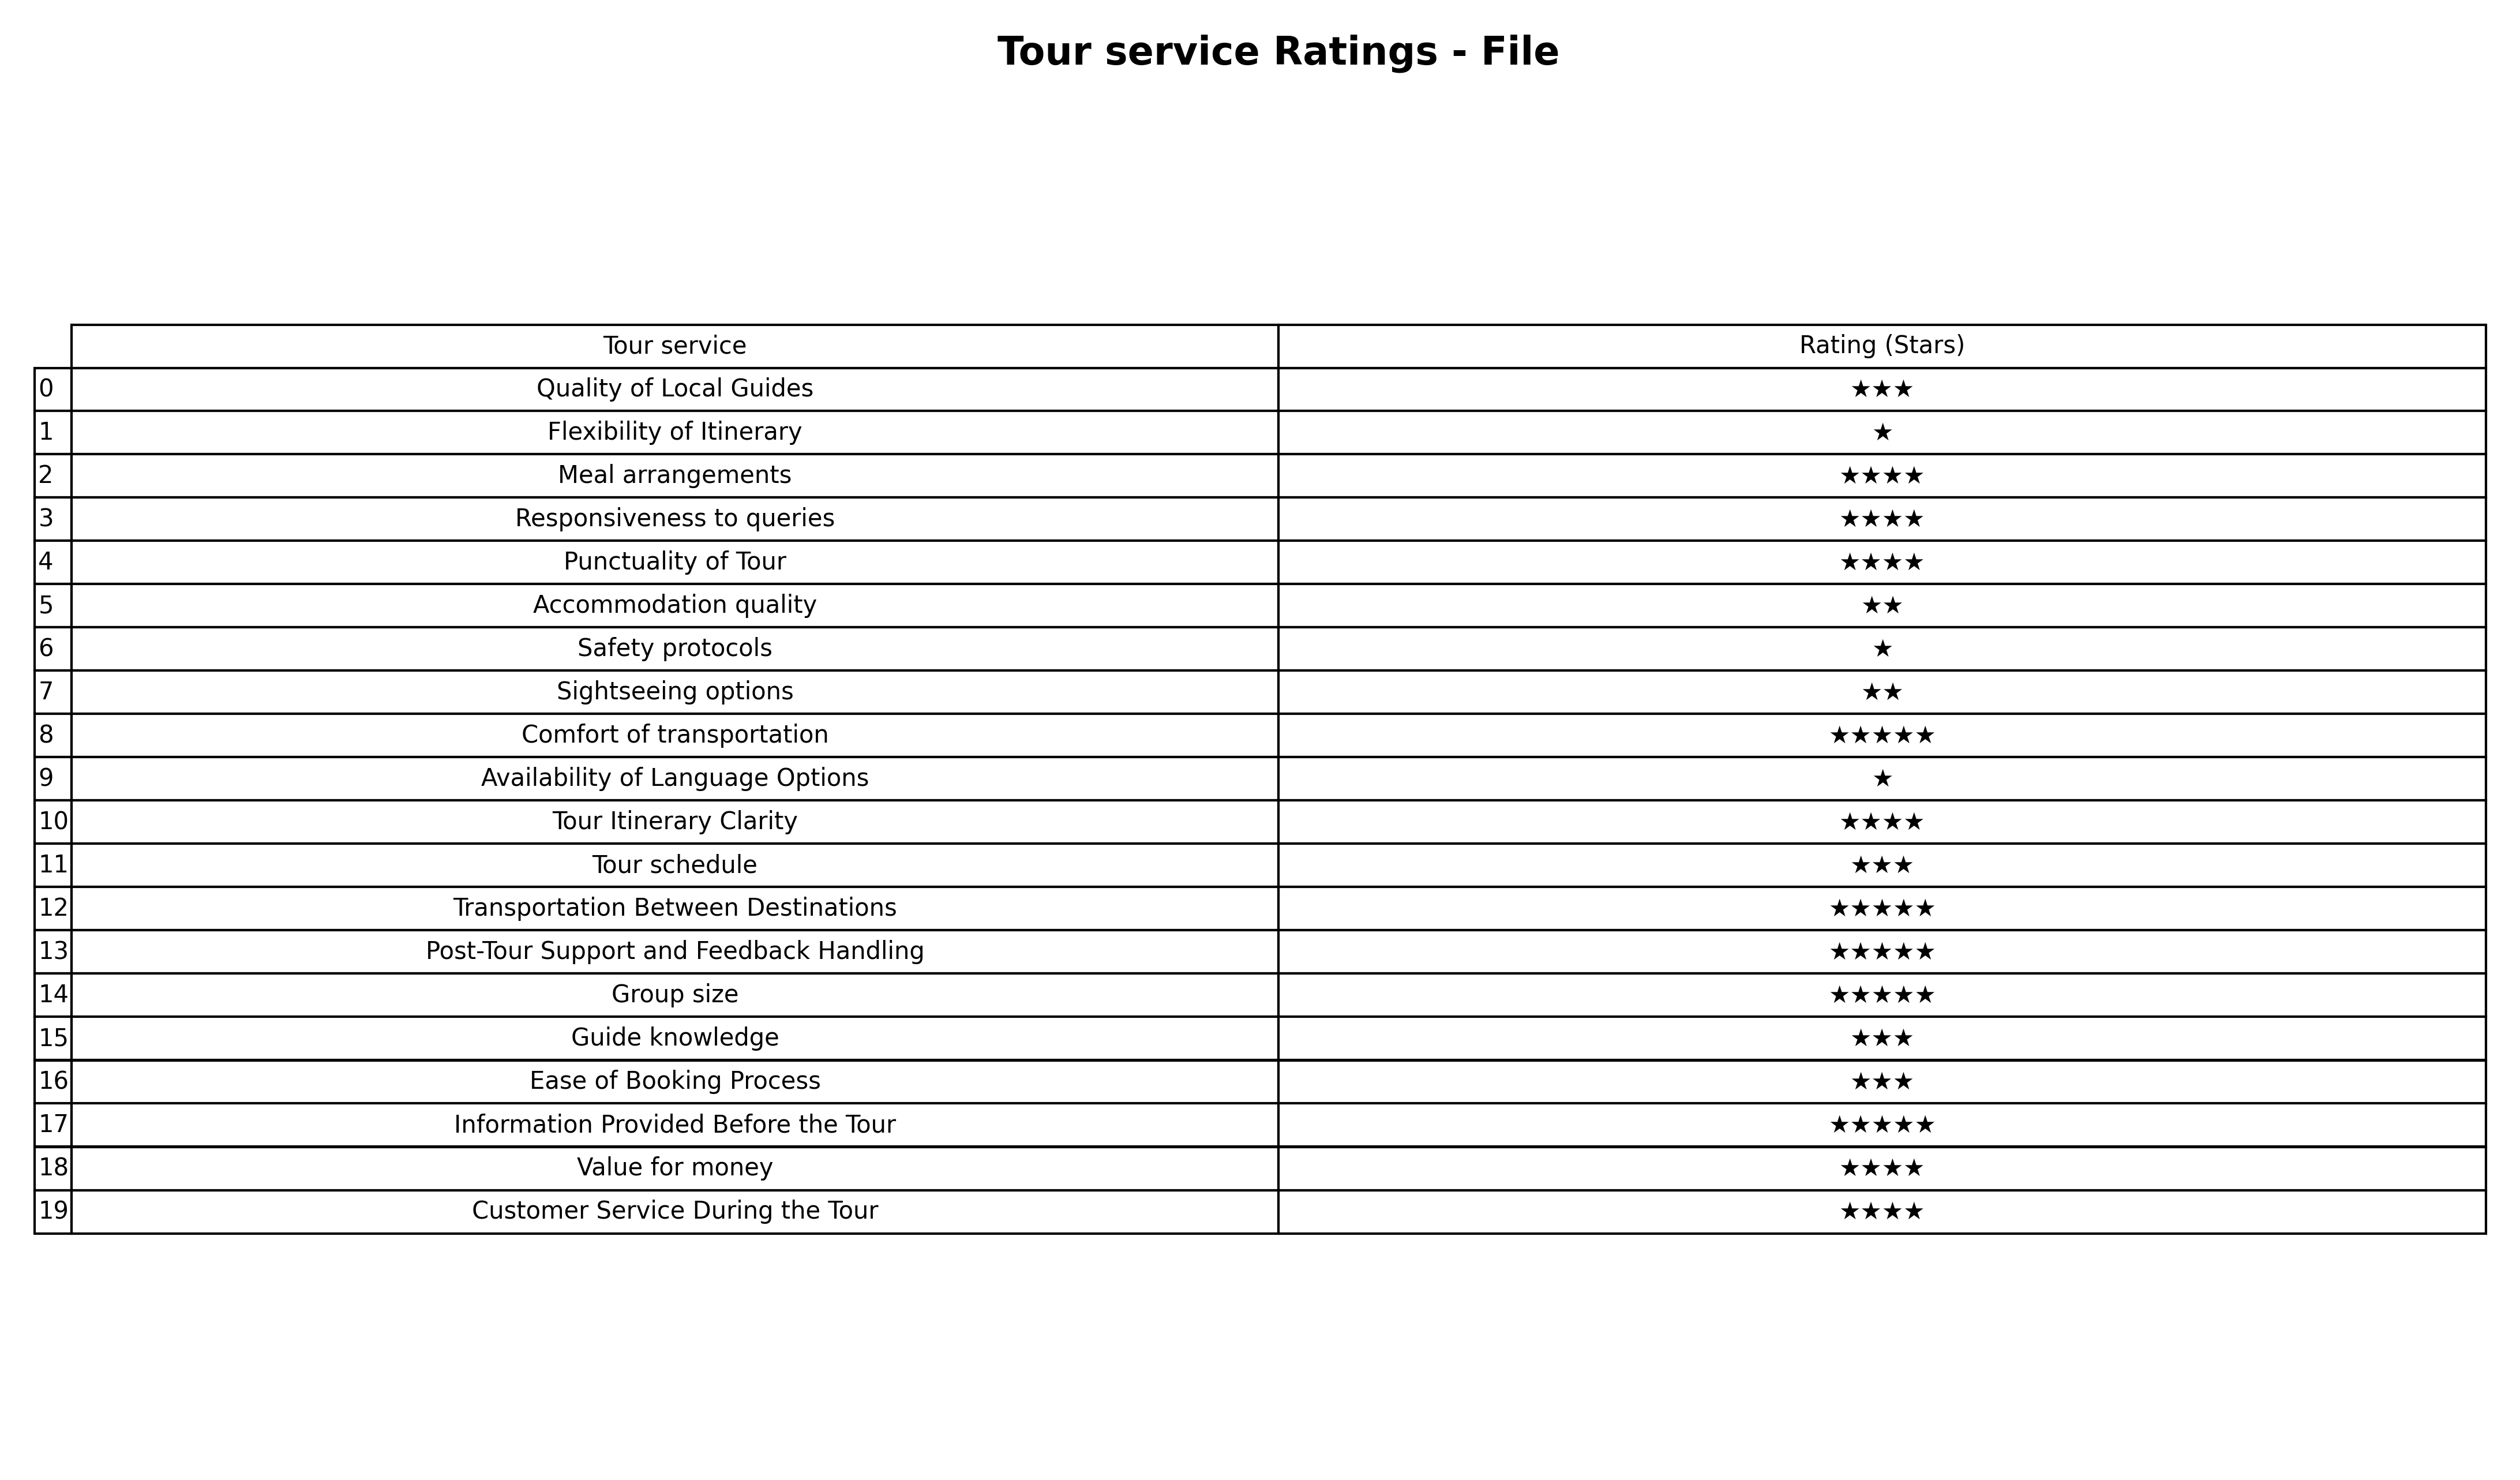
question: What are five star services?
answer: Comfort of transportationTransportation Between DestinationsPost-Tour Support and Feedback HandlingGroup sizeInformation Provided Before the Tour